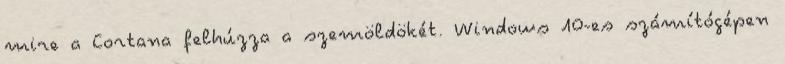
mire a Cortana felhúzza a szemöldökét. Windows 10-es számítógépen